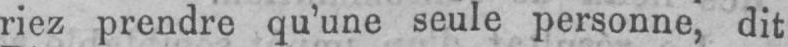
riez prendre qu’une seule personne, dit